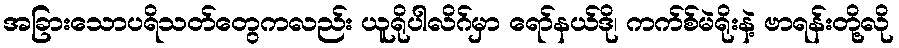
အခြားသောပရိသတ်တွေကလည်း ယူရိုပါလိဂ်မှာ ရော်နယ်ဒို၊ ကက်စ်မဲရိုးနဲ့ ဗာရန်းတို့လို